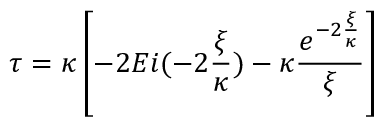
\tau = \kappa \left[ - 2 E i ( - 2 \frac { \xi } { \kappa } ) - \kappa \frac { e ^ { - 2 \frac { \xi } { \kappa } } } { \xi } \right]